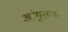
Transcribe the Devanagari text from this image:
आंगुतक